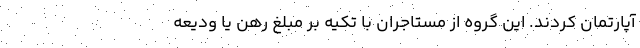
آپارتمان کردند. این گروه از مستاجران با تکیه بر مبلغ رهن یا ودیعه